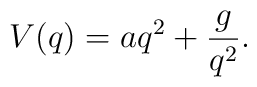
V(q) = aq^2 + \frac{g}{q^2}.